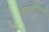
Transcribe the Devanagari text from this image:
भावगीताची